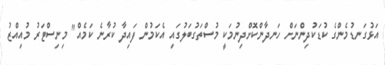
އަޅުގަނޑުމެންގެ ކުޑަކުދިންނަށް ހަނދާންކޮށްދިނުމަކީ މުސްތަގުބަލުގައި އެކަމުން ފައިދާ ކުރާނެ ކަމެއް" މިނިސްޓަރު މުއިއްޒު